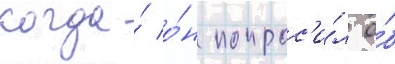
когда́ о́н попрос'и́л о́б